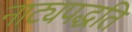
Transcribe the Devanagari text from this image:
नाट्यपद्धति